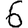
Digit: 6